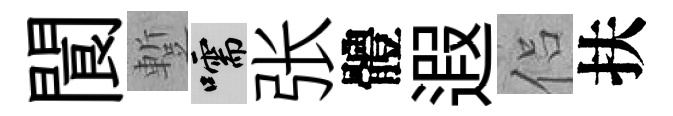
閬蹔嚅张體遐侣扶